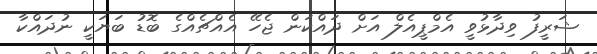
ޝަރީފު ވިދާޅުވީ އެމްޕީއެލް އަށް ދައްކަން ޖެހޭ އެއްޗެއްގެ ބޮޑު ބަޔަކީ ނުދައްކާ